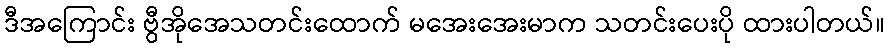
ဒီအကြောင်း ဗွီအိုအေသတင်းထောက် မအေးအေးမာက သတင်းပေးပို ထားပါတယ်။